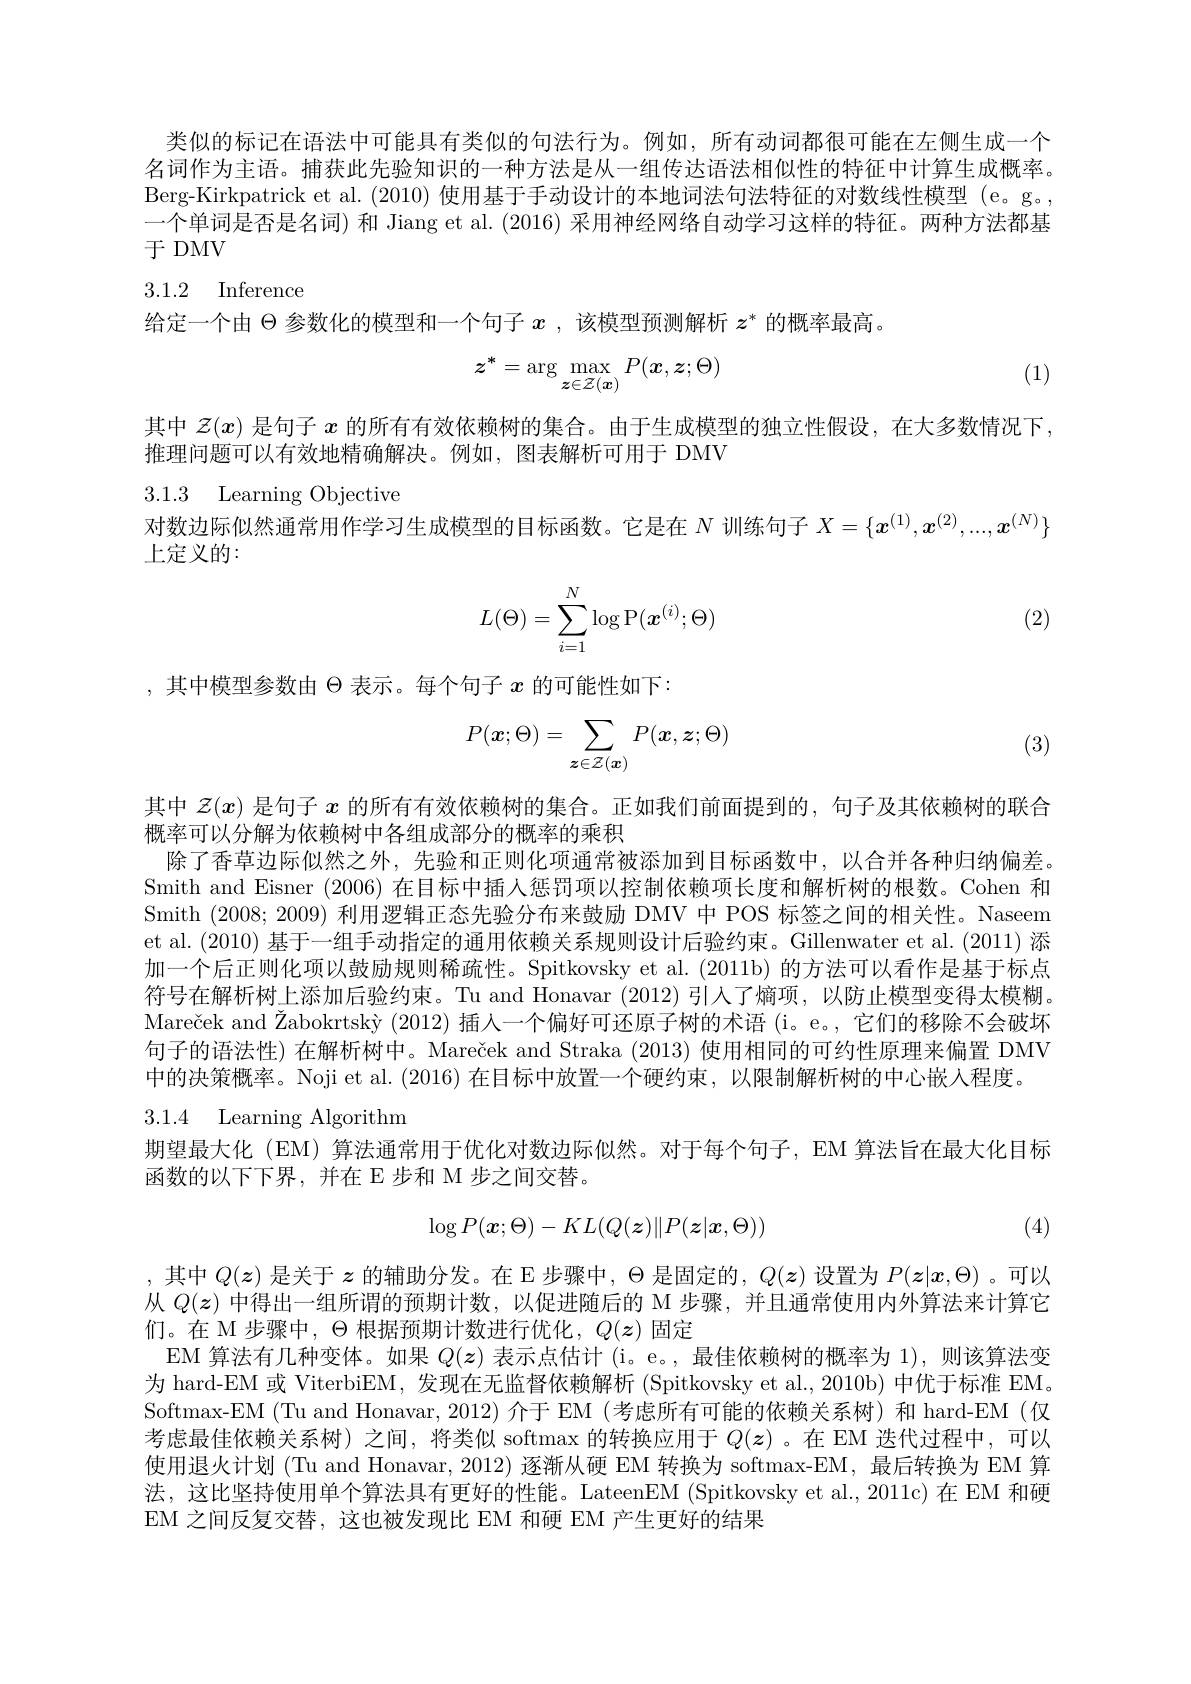
类似的标记在语法中可能具有类似的句法行为。例如，所有动词都很可能在左侧生成一个名词作为主语。捕获此先验知识的一种方法是从一组传达语法相似性的特征中计算生成概率。Berg-Kirkpatrick et al. (2010) 使用基于手动设计的本地词法句法特征的对数线性模型 (e。g。, 一个单词是否是名词) 和 Jiang et al. (2016) 采用神经网络自动学习这样的特征。两种方法都基于 DMV

## 3.1.2 Inference

给定一个由$\Theta$参数化的模型和一个句子$x$ ,该模型预测解析$z^*$的概率最高。
$$z^*=\arg\max_{z\in\mathcal{Z}(\boldsymbol{x})}P(\boldsymbol{x},\boldsymbol{z};\Theta)$$
(1)

其中$\mathcal{Z}(x)$是句子$x$的所有有效依赖树的集合。由于生成模型的独立性假设，在大多数情况下，
推理问题可以有效地精确解决。例如，图表解析可用于 DMV

3.1.3 Learning Objective

上定义的：

对数边际似然通常用作学习生成模型的目标函数。它是在$N$训练句子$X=\{x^{(1)},x^{(2)},...,x^{(N)}\}$

(2)
$$L(\Theta)=\sum_{i=1}^N\log\operatorname{P}(\boldsymbol{x}^{(i)};\Theta)$$
,其中模型参数由$\Theta$表示。每个句子$x$的可能性如下：
$$P(\boldsymbol{x};\Theta)=\sum_{\boldsymbol{z}\in\mathcal{Z}(\boldsymbol{x})}P(\boldsymbol{x},\boldsymbol{z};\Theta)$$
(3)

其中$\mathcal{Z}(x)$是句子$x$的所有有效依赖树的集合。正如我们前面提到的，句子及其依赖树的联合
概率可以分解为依赖树中各组成部分的概率的乘积
除了香草边际似然之外，先验和正则化项通常被添加到目标函数中，以合并各种归纳偏差。Smith and Eisner (2006)在目标中插人惩罚项以控制依赖项长度和解析树的根数。Cohen 和Smith (2008;2009)利用逻辑正态先验分布来鼓励 DMV 中 POS 标签之间的相关性。Naseem et al. (2010) 基于一组手动指定的通用依赖关系规则设计后验约束。Gillenwater et al. (2011) 添加一个后正则化项以鼓励规则稀疏性。Spitkovsky et al. (2011b) 的方法可以看作是基于标点符号在解析树上添加后验约束。Tu and Honavar (2012)引人了熵项，以防止模型变得太模糊。Mareček and Žabokrtský (2012)插人一个偏好可还原子树的术语 (i。e。, 它们的移除不会破坏句子的语法性) 在解析树中。Mareček and Straka (2013)使用相同的可约性原理来偏置 DMV 中的决策概率。Noji et al.(2016) 在目标中放置一个硬约束，以限制解析树的中心嵌人程度。
3.1.4 Learning Algorithm
期望最大化 (EM) 算法通常用于优化对数边际似然。对于每个句子，EM 算法旨在最大化目标
函数的以下下界，并在 E 步和 M 步之间交替。
$$\log P(\boldsymbol{x};\Theta)-KL(Q(\boldsymbol{z})\|P(\boldsymbol{z}|\boldsymbol{x},\Theta))$$
(4)

,其中$Q(z)$是关于$z$的辅助分发。在 E 步骤中，$\Theta$是固定的，$Q(z)$设置为$P(\boldsymbol{z}|x,\Theta)$ 。可以从$Q(z)$中得出一组所谓的预期计数，以促进随后的 M 步骤，并且通常使用内外算法来计算它们。在 M 步骤中，$\Theta$根据预期计数进行优化，$Q(z)$固定
EM 算法有几种变体。如果$Q(z)$表示点估计 (i。e。,最佳依赖树的概率为 1),则该算法变为 hard-EM 或 ViterbiEM, 发现在无监督依赖解析 (Spitkovsky et al., 2010b) 中优于标准 EM。Softmax-EM (Tu and Honavar, 2012) 介于 EM (考虑所有可能的依赖关系树) 和 hard-EM (仅考虑最佳依赖关系树)之间，将类似 softmax 的转换应用于$Q(z)$ 。在 EM 迭代过程中，可以使用退火计划 (Tu and Honavar, 2012) 逐渐从硬 EM 转换为 softmax-EM, 最后转换为 EM 算法，这比坚持使用单个算法具有更好的性能。LateenEM (Spitkovsky et al., 2011c)在 EM 和硬EM 之间反复交替，这也被发现比 EM 和硬 EM 产生更好的结果